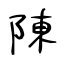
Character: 陳